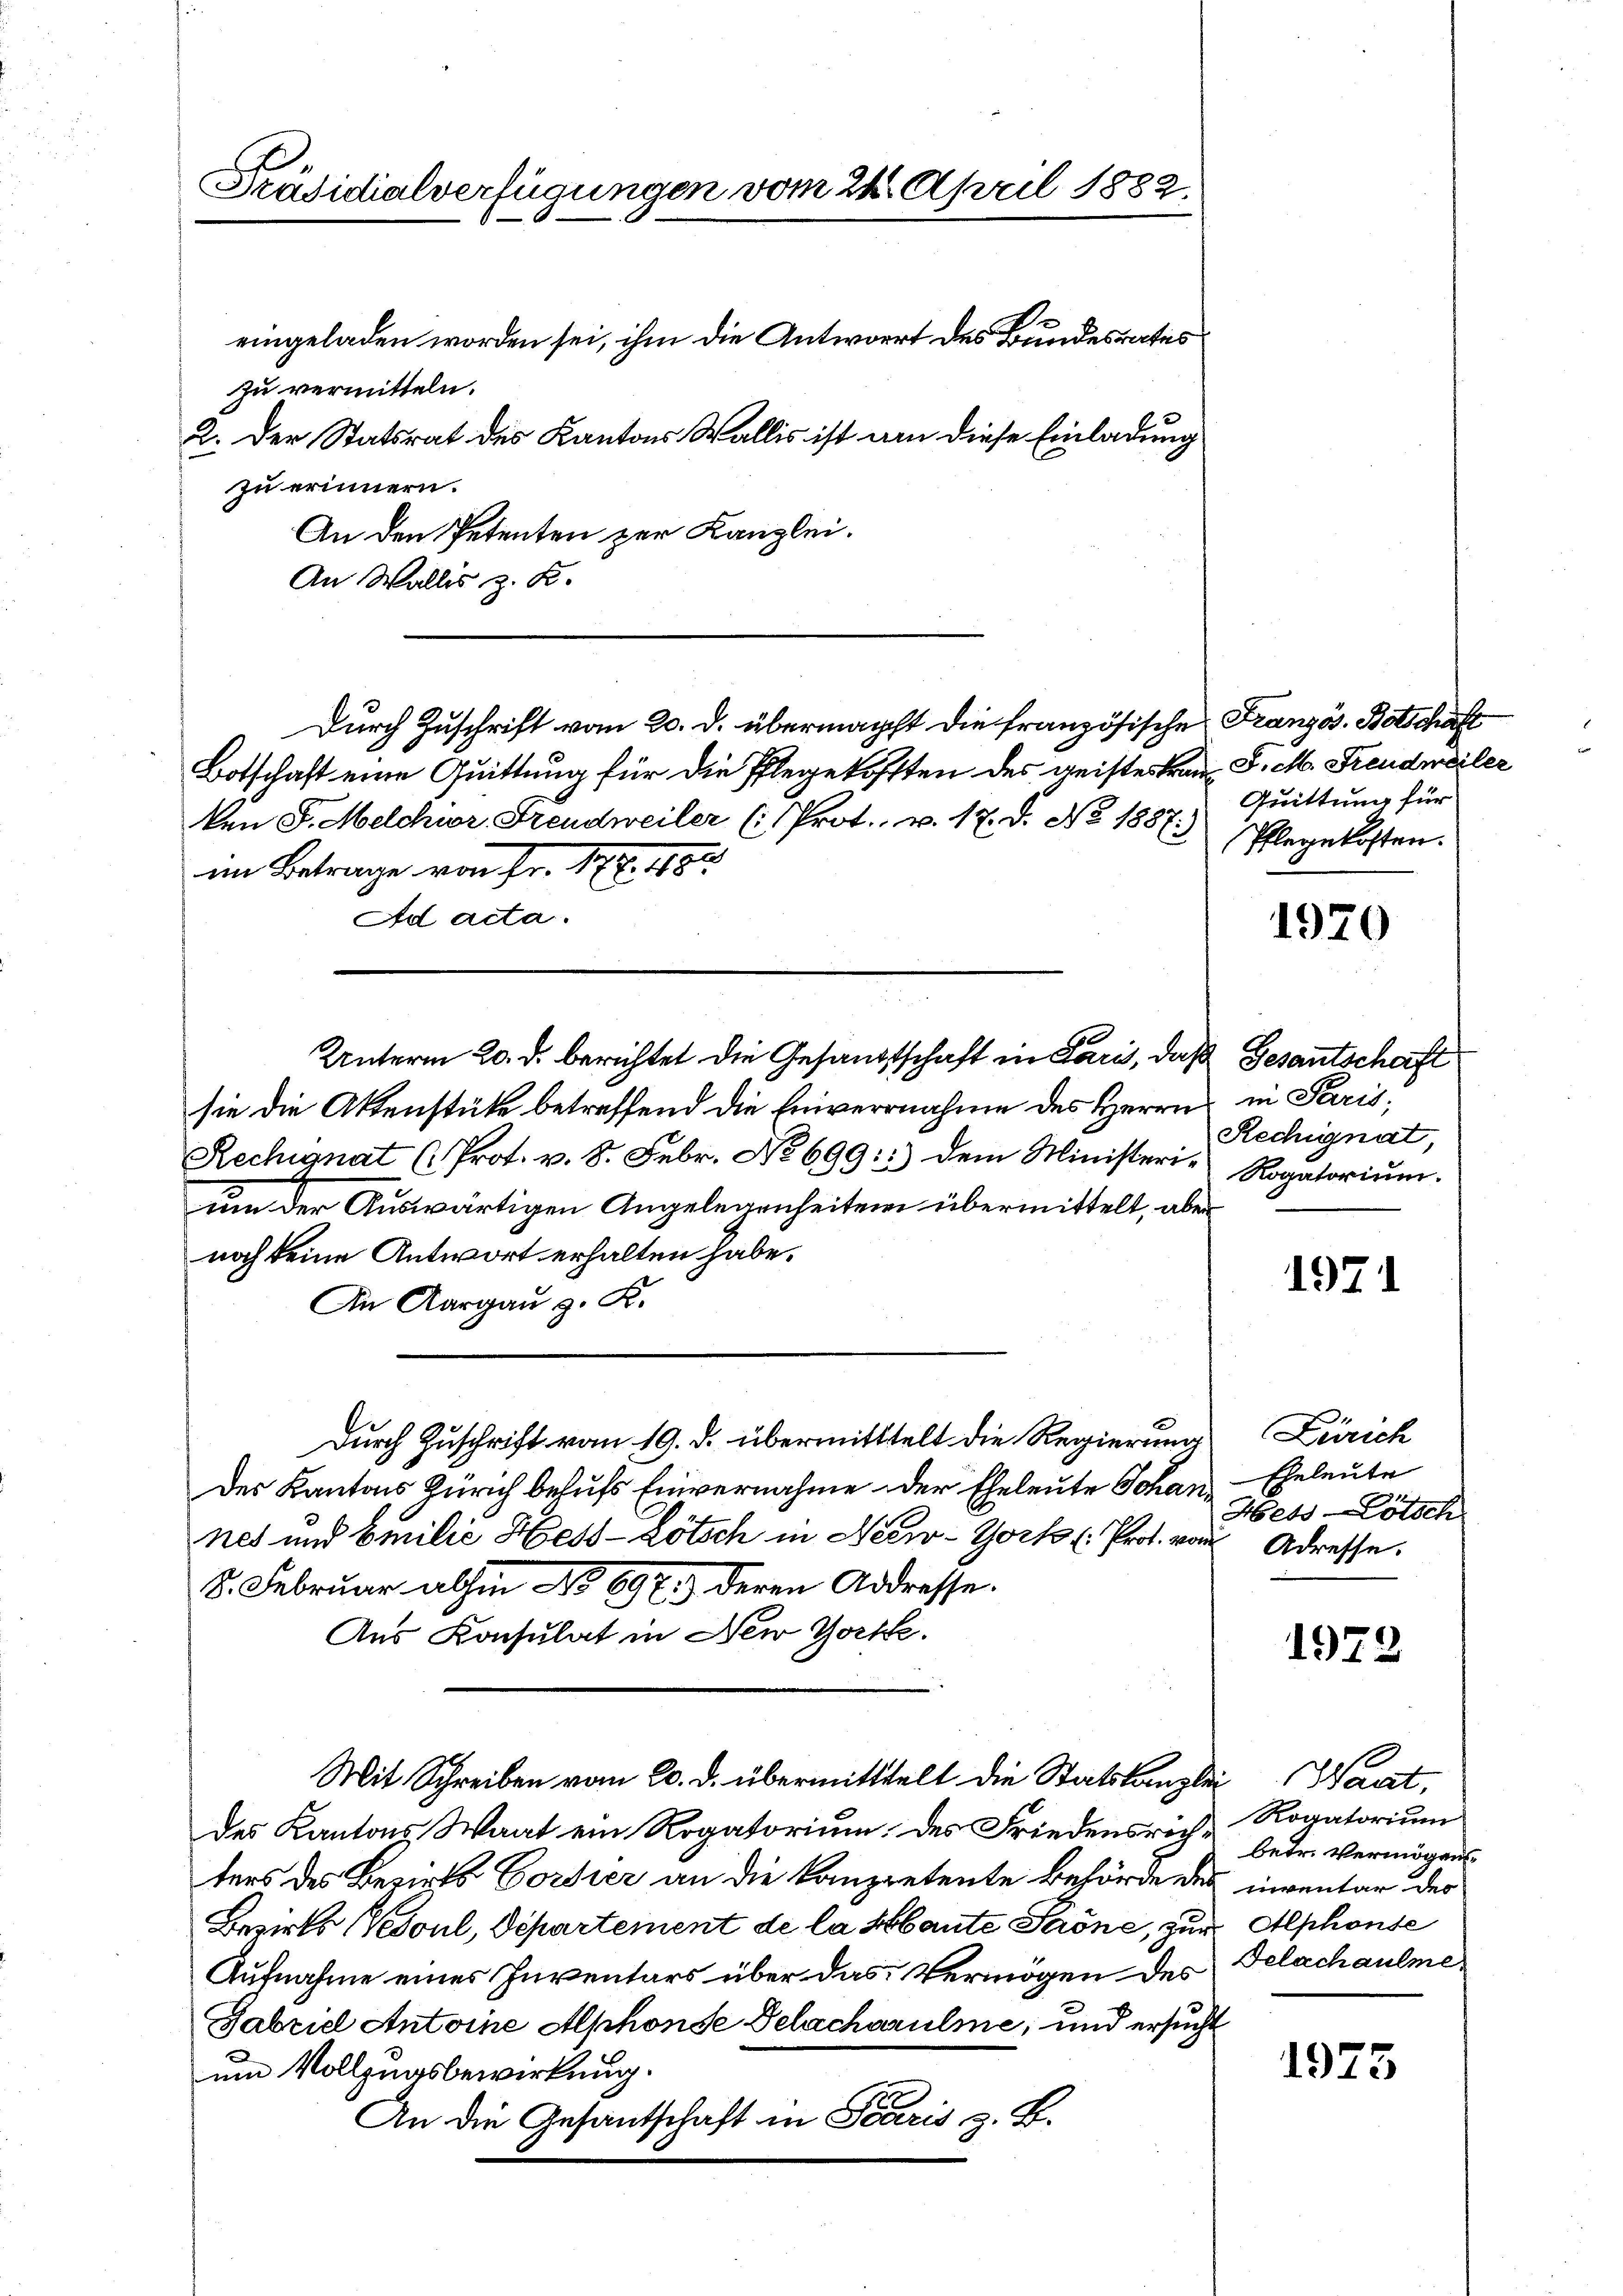
Präsidialverfügungen vom 24. April 1882.
eingeladen worden sei, ihm die Antwort des Bundesrates
zu vermitteln.
2. Der Statsrat des Kantons Wallis ist am diese Einladung
zu erinnern.
An den Petenten zur Kanzlei.

An Wallis z. K.
Botschaft eine Quittung für die Pflegekofften des geistes Frau, P. M. Freudweiler
ken S. Melchior Freudweiler (: Prot. v. 17. d. No 1857:
e
im Betrage von Fr. 172. 1890
Ad acta.
Unterm 20. d. berichtet die Gesandtschaft in Paris, daß Gesantschaft
sie die Aktenstücke betreffend die Einvernahme des Herrn in Paris,
Rechignat (Prot. v. 8. Febr. No 699::) dem Ministerie Rogatorium.
um der Auswärtigen Angelegenheiten übermittelt, aber
noch keine Antwort erhalten habe.
An Aargau z. K.
Durch Zuschrift vom 19. d. übermitttelt die Regierung
Des Kantons Zürich behufs Einvernahme der Eheleute Johannes und Emilie Hess-Lötsch in New-York . Prot. von Adresse.
8. Februar abhin No 697.) deren Addresse.
Aus Konsulat in New Yorke.
Mit Schreiben vom 20. d. übermittelt die Staatskanzlei Waat,
des Kantons Waat ein Rogatorium des Friedensrich - Rogatorium
ters des Bezirks Corsier an die kanpretente Behörde des inventar der
Bezirks (Vesoul, Departement de la Mante Ströne, zur Alphonse
Aufnahme eines Inventars über das Vermögen des Gelachaulme
Gabriel Antoine Alphonse Delacharulme, und ersucht
um Vollzugsbewirkung.
An die Gesantschaft in Scaris z. B.

Durch Zuschrift vom 20. d. übermächt die französische Französ. Botschaft

Quittung für
Pflegekosten.

1970

Rechignat,

1971

Zürich
Eheleute
HetsCötsch

1972

betr. Vermögens

1975